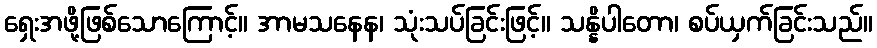
ရှေးအဖို့ဖြစ်သောကြောင့်။ အာမသနေန၊ သုံးသပ်ခြင်းဖြင့်။ သန္နိပါတော၊ စပ်ယှက်ခြင်းသည်။